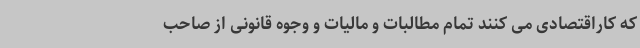
که کاراقتصادی می کنند تمام مطالبات و مالیات و وجوه قانونی از صاحب